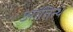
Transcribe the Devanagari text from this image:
आतित्थ